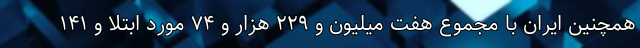
همچنین ایران با مجموع هفت میلیون و ۲۲۹ هزار و ۷۴ مورد ابتلا و ۱۴۱